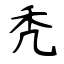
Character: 秃